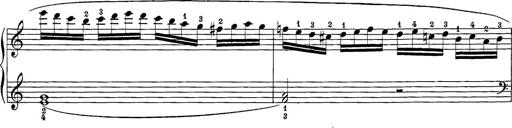
Title: 12 Sonatine per Pianoforte
Composer: Friedrich Kuhlau